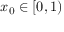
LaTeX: x _ { 0 } \in [ 0 , 1 )